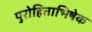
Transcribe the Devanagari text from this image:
पुरोहिताभिषेक